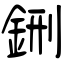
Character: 鉶